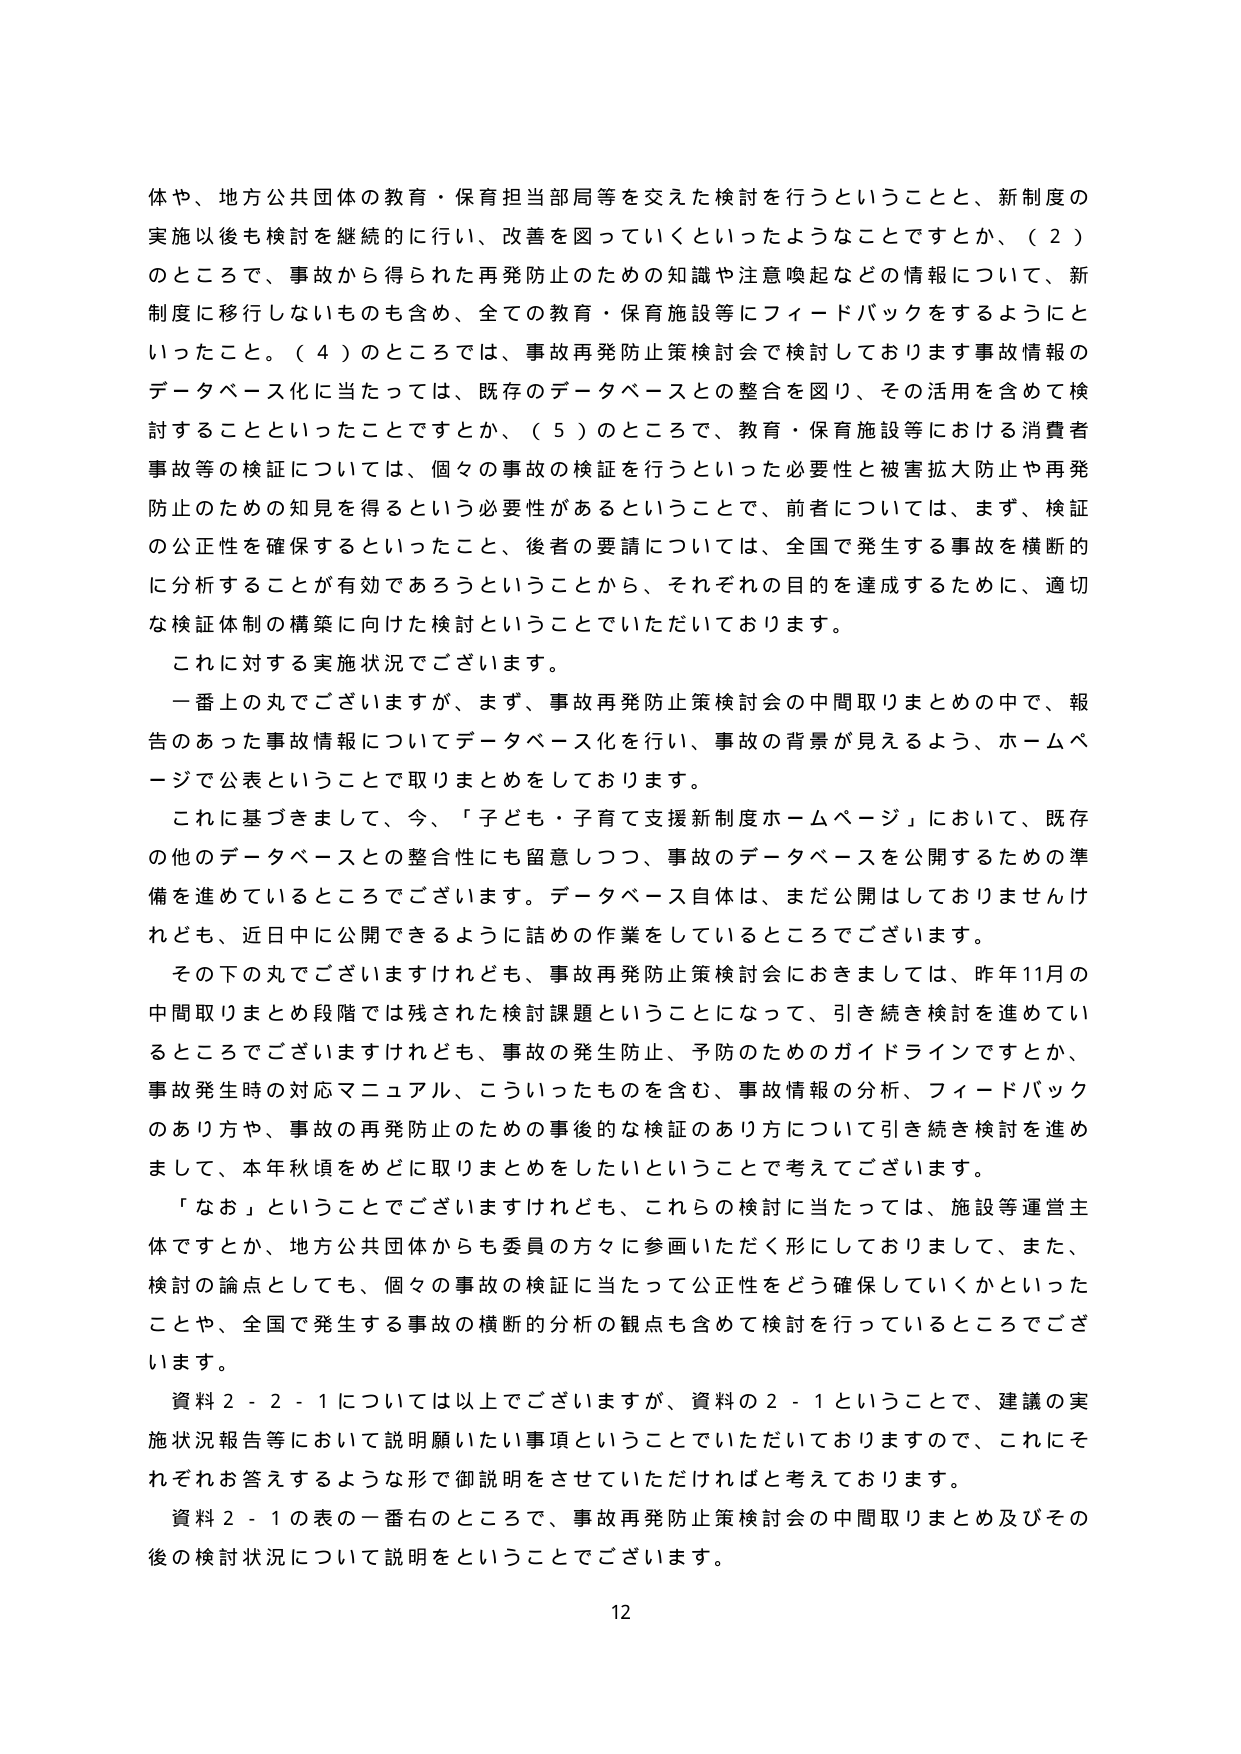
体や、地方公共団体の教育・保育担当部局等を交えた検討を行うということと、新制度の
実施以後も検討を継続的に行い、改善を図っていくといったようなことですか、（２）
のところで、事故から得られた再発防止のための知識や注意喚起などの情報について、新
制度に移行しないものも含め、全ての教育・保育施設等にフィードバックをするようにと
いったこと。（４）のところでは、事故再発防止策検討会で検討しております事故情報の
データベース化に当たっては、既存のデータベースとの整合を図り、その活用を含めて検
討することといったことですか、（５）のところで、教育・保育施設等における消費者
事故等の検証については、個々の事故の検証を行うといった必要性と被害拡大防止や再発
防止のための知見を得るという必要性があるということで、前者については、まず、検証
の公正性を確保するといったこと、後者の要請については、全国で発生する事故を横断的
に分析することが有効であろうということから、それぞれの目的を達成するために、適切
な検証体制の構築に向けた検討ということでいただいております。
これに対する実施状況でございます。
一番上の丸でございますが、まず、事故再発防止策検討会の中間取りまとめの中で、報
告のあった事故情報についてデータベース化を行い、事故の背景が見えるよう、ホームペ
ージで公表ということで取りまとめしております。
これに基づきまして、今、「子ども・子育て支援新制度ホームページ」において、既存
の他のデータベースとの整合性にも留意しつつ、事故のデータベースを公開するための準
備を進めているところでございます。データベース自体は、まだ公開はしておりませんけ
れども、近日中に公開できるように詰めの作業をしているところでございます。
その下の丸でございますけれども、事故再発防止策検討会におきましては、昨年11月の
中間取りまとめ段階では残された検討課題ということになって、引き続き検討を進めてい
るところでございますけれども、事故の発生防止、予防のためのガイドラインですか、
事故発生時の対応マニュアル、こういったものを含む、事故情報の分析、フィードバック
のあり方や、事故の再発防止のための事後的な検証のあり方について引き続き検討を進め
まして、本年秋頃をめどに取りまとめをしたいということで考えてございます。
「なお」ということでございますけれども、これらの検討に当たっては、施設等運営主
体ですとか、地方公共団体からも委員の方々に参画いただく形にしておりまして、また、
検討の論点としても、個々の事故の検証に当たって公正性をどう確保していくかといった
ことや、全国で発生する事故の横断的分析の観点も含めて検討を行っているところでござ
います。
資料２－２－１については以上でございますが、資料の２－１ということで、建議の実
施状況報告等において説明願いたい事項ということでいただいておりますので、これにそ
れぞれお答えするような形で御説明をさせていただければと考えております。
資料２－１の表の一番右のところで、事故再発防止策検討会の中間取りまとめ及びその
後の検討状況について説明ということでございます。
12